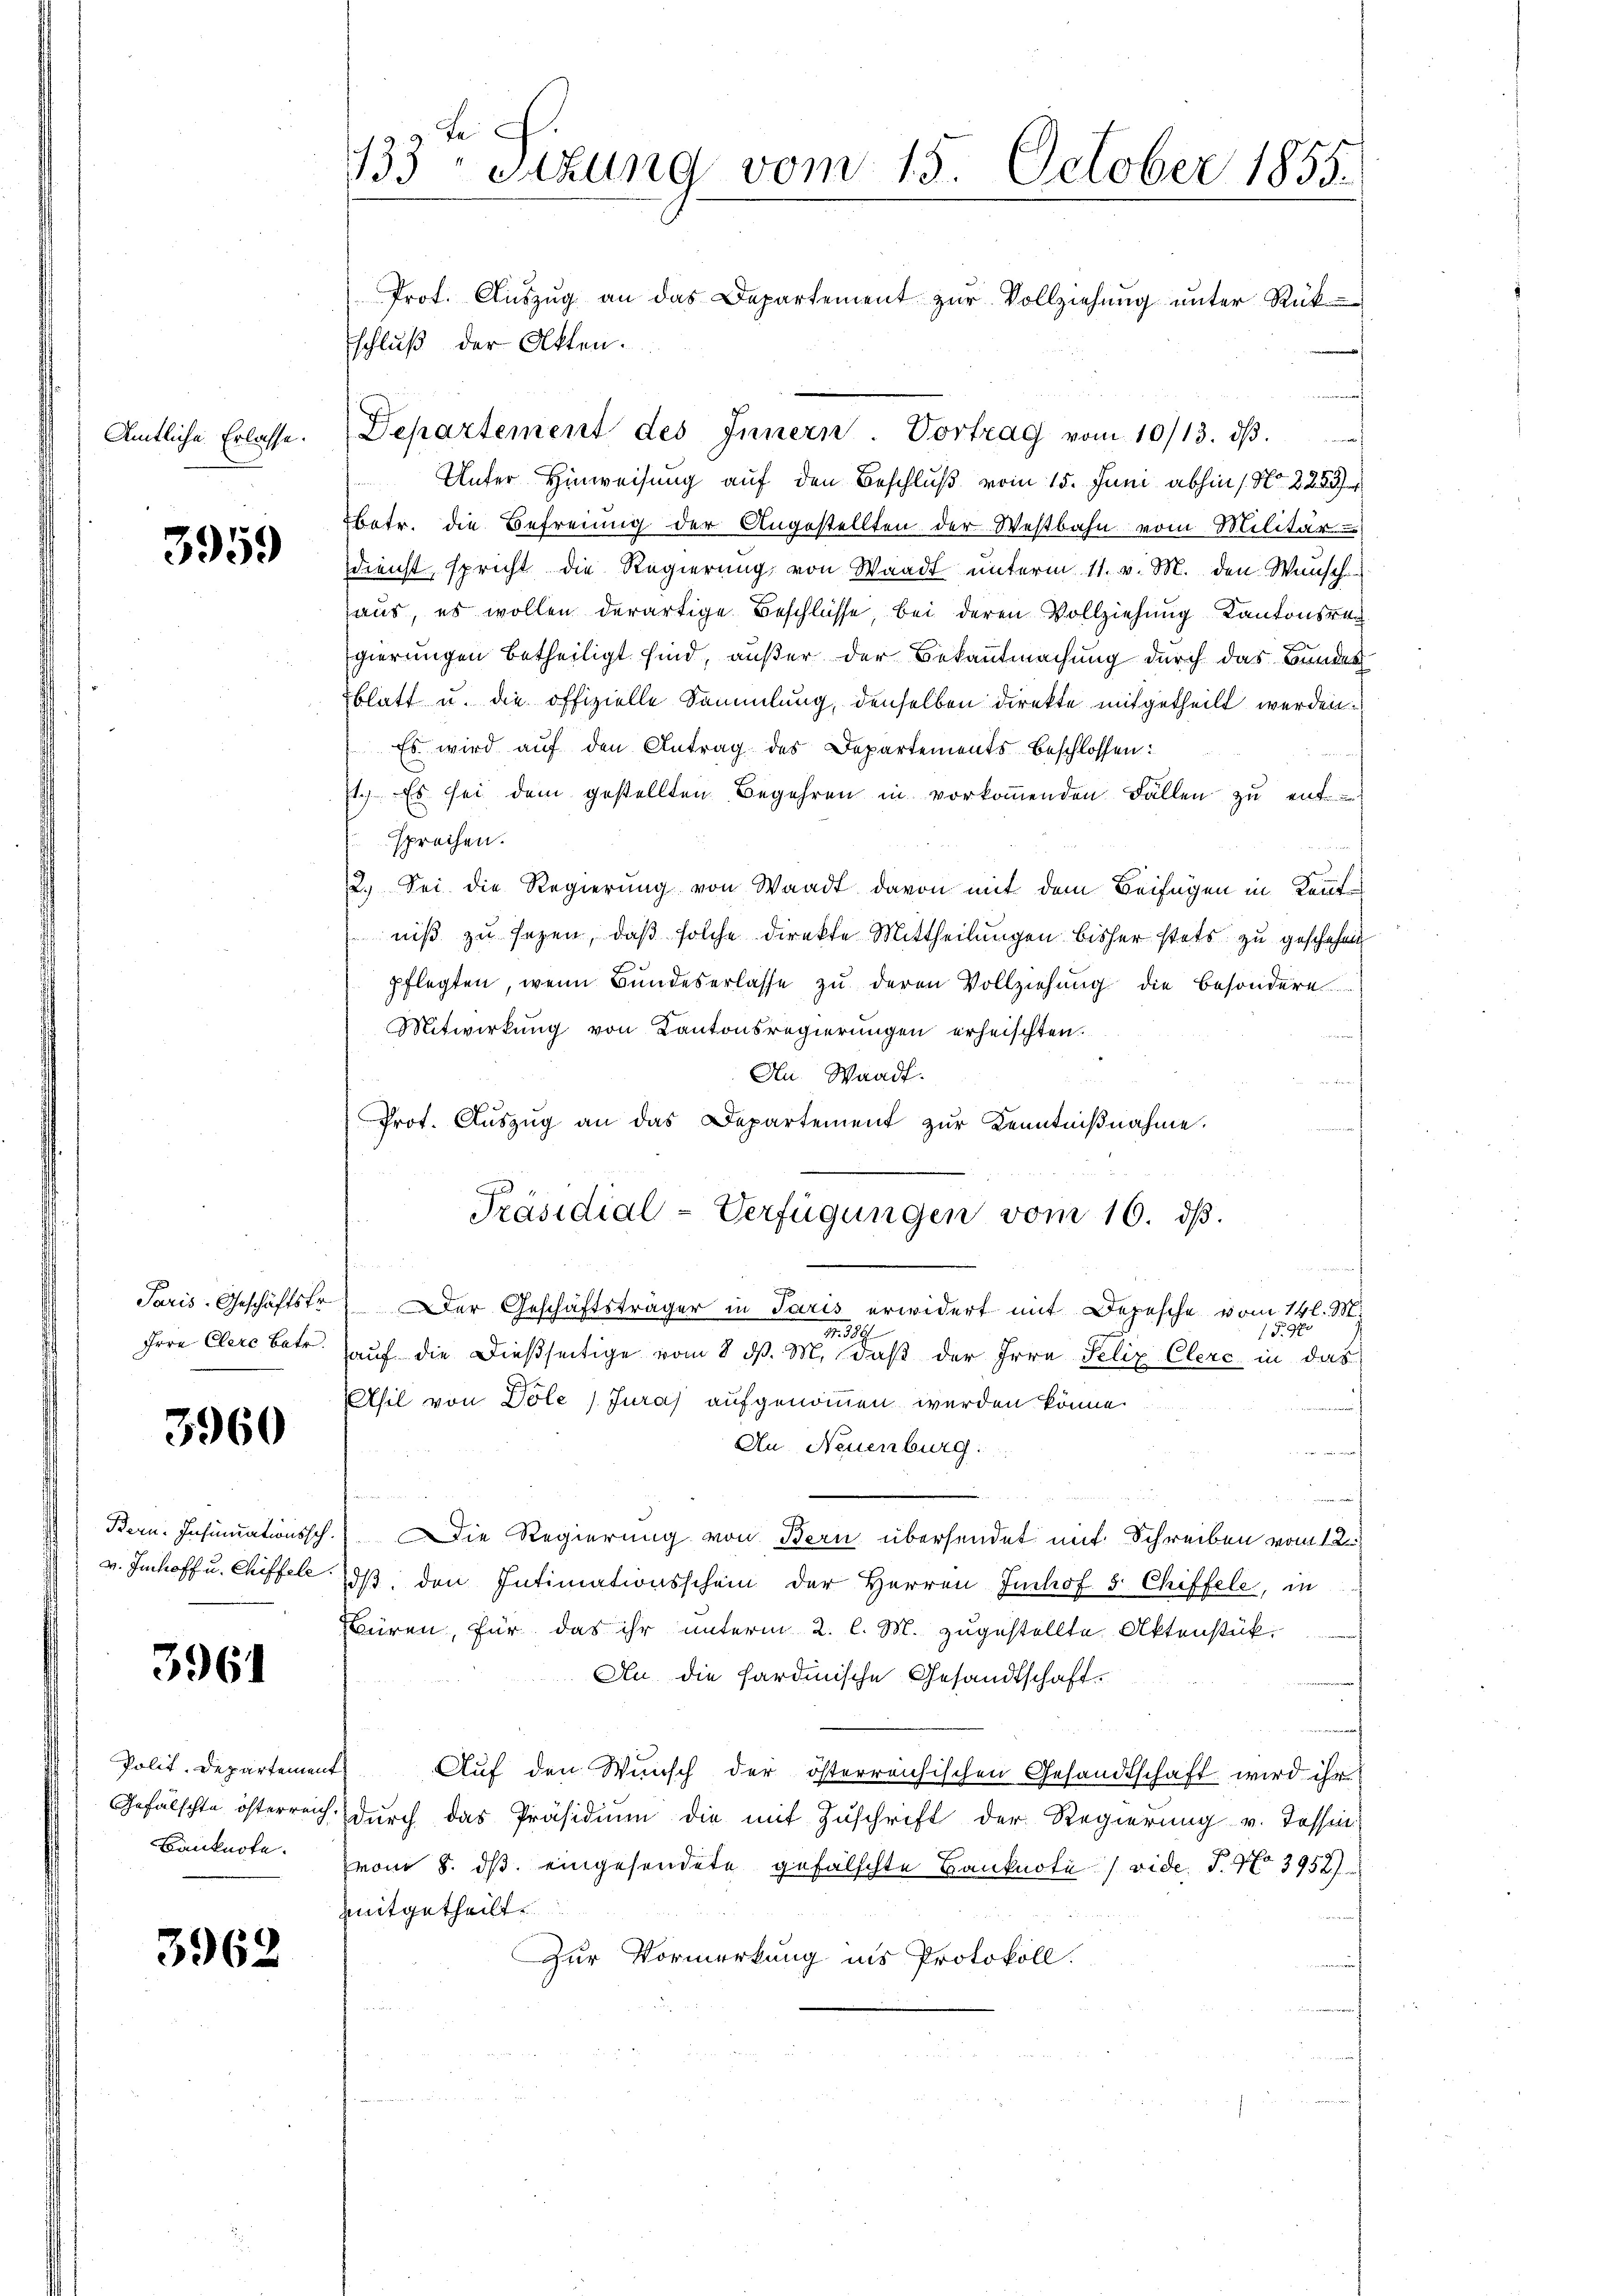
Amtliche Erlasse.

3959

Paris-Geschäftsfr.
Irre Clere Betr.

5960

Bern. Insinuationssch.
v. Imhoff u. Chiffele.

3961

Polit. Departement
Gefälschte österreich
Banknote.

3962

133 sitzung vom 15. October 1855.
Prot. Auszug an das Departement zur Vollziehung unter Rük

schluß der Akten.
Departement des Innern. Vortrag vom 10/13. dβ.
Unter Hinweisung auf den Beschluß vom 15. Juni abhin 1 No 2253
betr. die Befreiung der Angestellten der Westbahn vom Militär
dienst, spricht die Regierung von Waadt unterm 11. v. M. den Wunsch
aus, es wollen derartige Beschlüsse bei deren Vollziehung Kantonsrech
gierungen betheiligt sind, außer der Bekanntmachung durch das Bundes
blatt u. die offizielle Sammlung, denselben direkte mitgetheilt werden.
Es wird auf den Antrag des Departements beschlossen:
1.) Es sei dem gestellten Begehren in vorkommenden Fällen zu entsprechen.
2.) Sei die Regierung von Waadt davon mit dem Beifügen in Kenntniß zu sezen, daß solche Direkte Mittheilungen bisher stets zu geschehen
pflegten, wenn Bundeserlasse zu deren Vollziehung die besondere
Mitwirkung von Kantonsregierungen erheischten.
Au. Waadt.
.
Prot. Aŭszŭg an das Departement zŭr Kenntniβnahme.
Präsidial-Verfügungen vom 16. ds.
f
s
Der Geschäftsträger in Paris erwidert mit Depesche vom 14 l. M.
15. M.
389
auf die dießseitige vom 8. d. M. daß der Irre Felix Clere in das
Uhil von Dole Jura) aufgenommen werden könne.
s
An Neuenburg.
 wer
 3 Partemen
u
Die Regierung von Bern übersendet mit Schreiben vom 12.
iß, den Intimationsschein der Herren Juchof 5 Chiffele, in
Büren, für das ihr unterm 2. l. M. zugestellte Aktenstük¬
An die sardinische Gesandtschaft¬
Auf den Wunsch der österreichischen Gesandtschaft wird ihr
durch das Präsidium die mit Zuschrift der Regierung v. Tessin
vom 8. ds. eingesendete gefälschte Banknote (vide P. 97. 3958)
mitgetheilt.
Zur Vormerkung ins Protokoll.